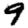
Digit: 9